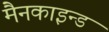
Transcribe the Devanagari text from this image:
मैनकाइन्ड